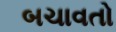
બચાવતો